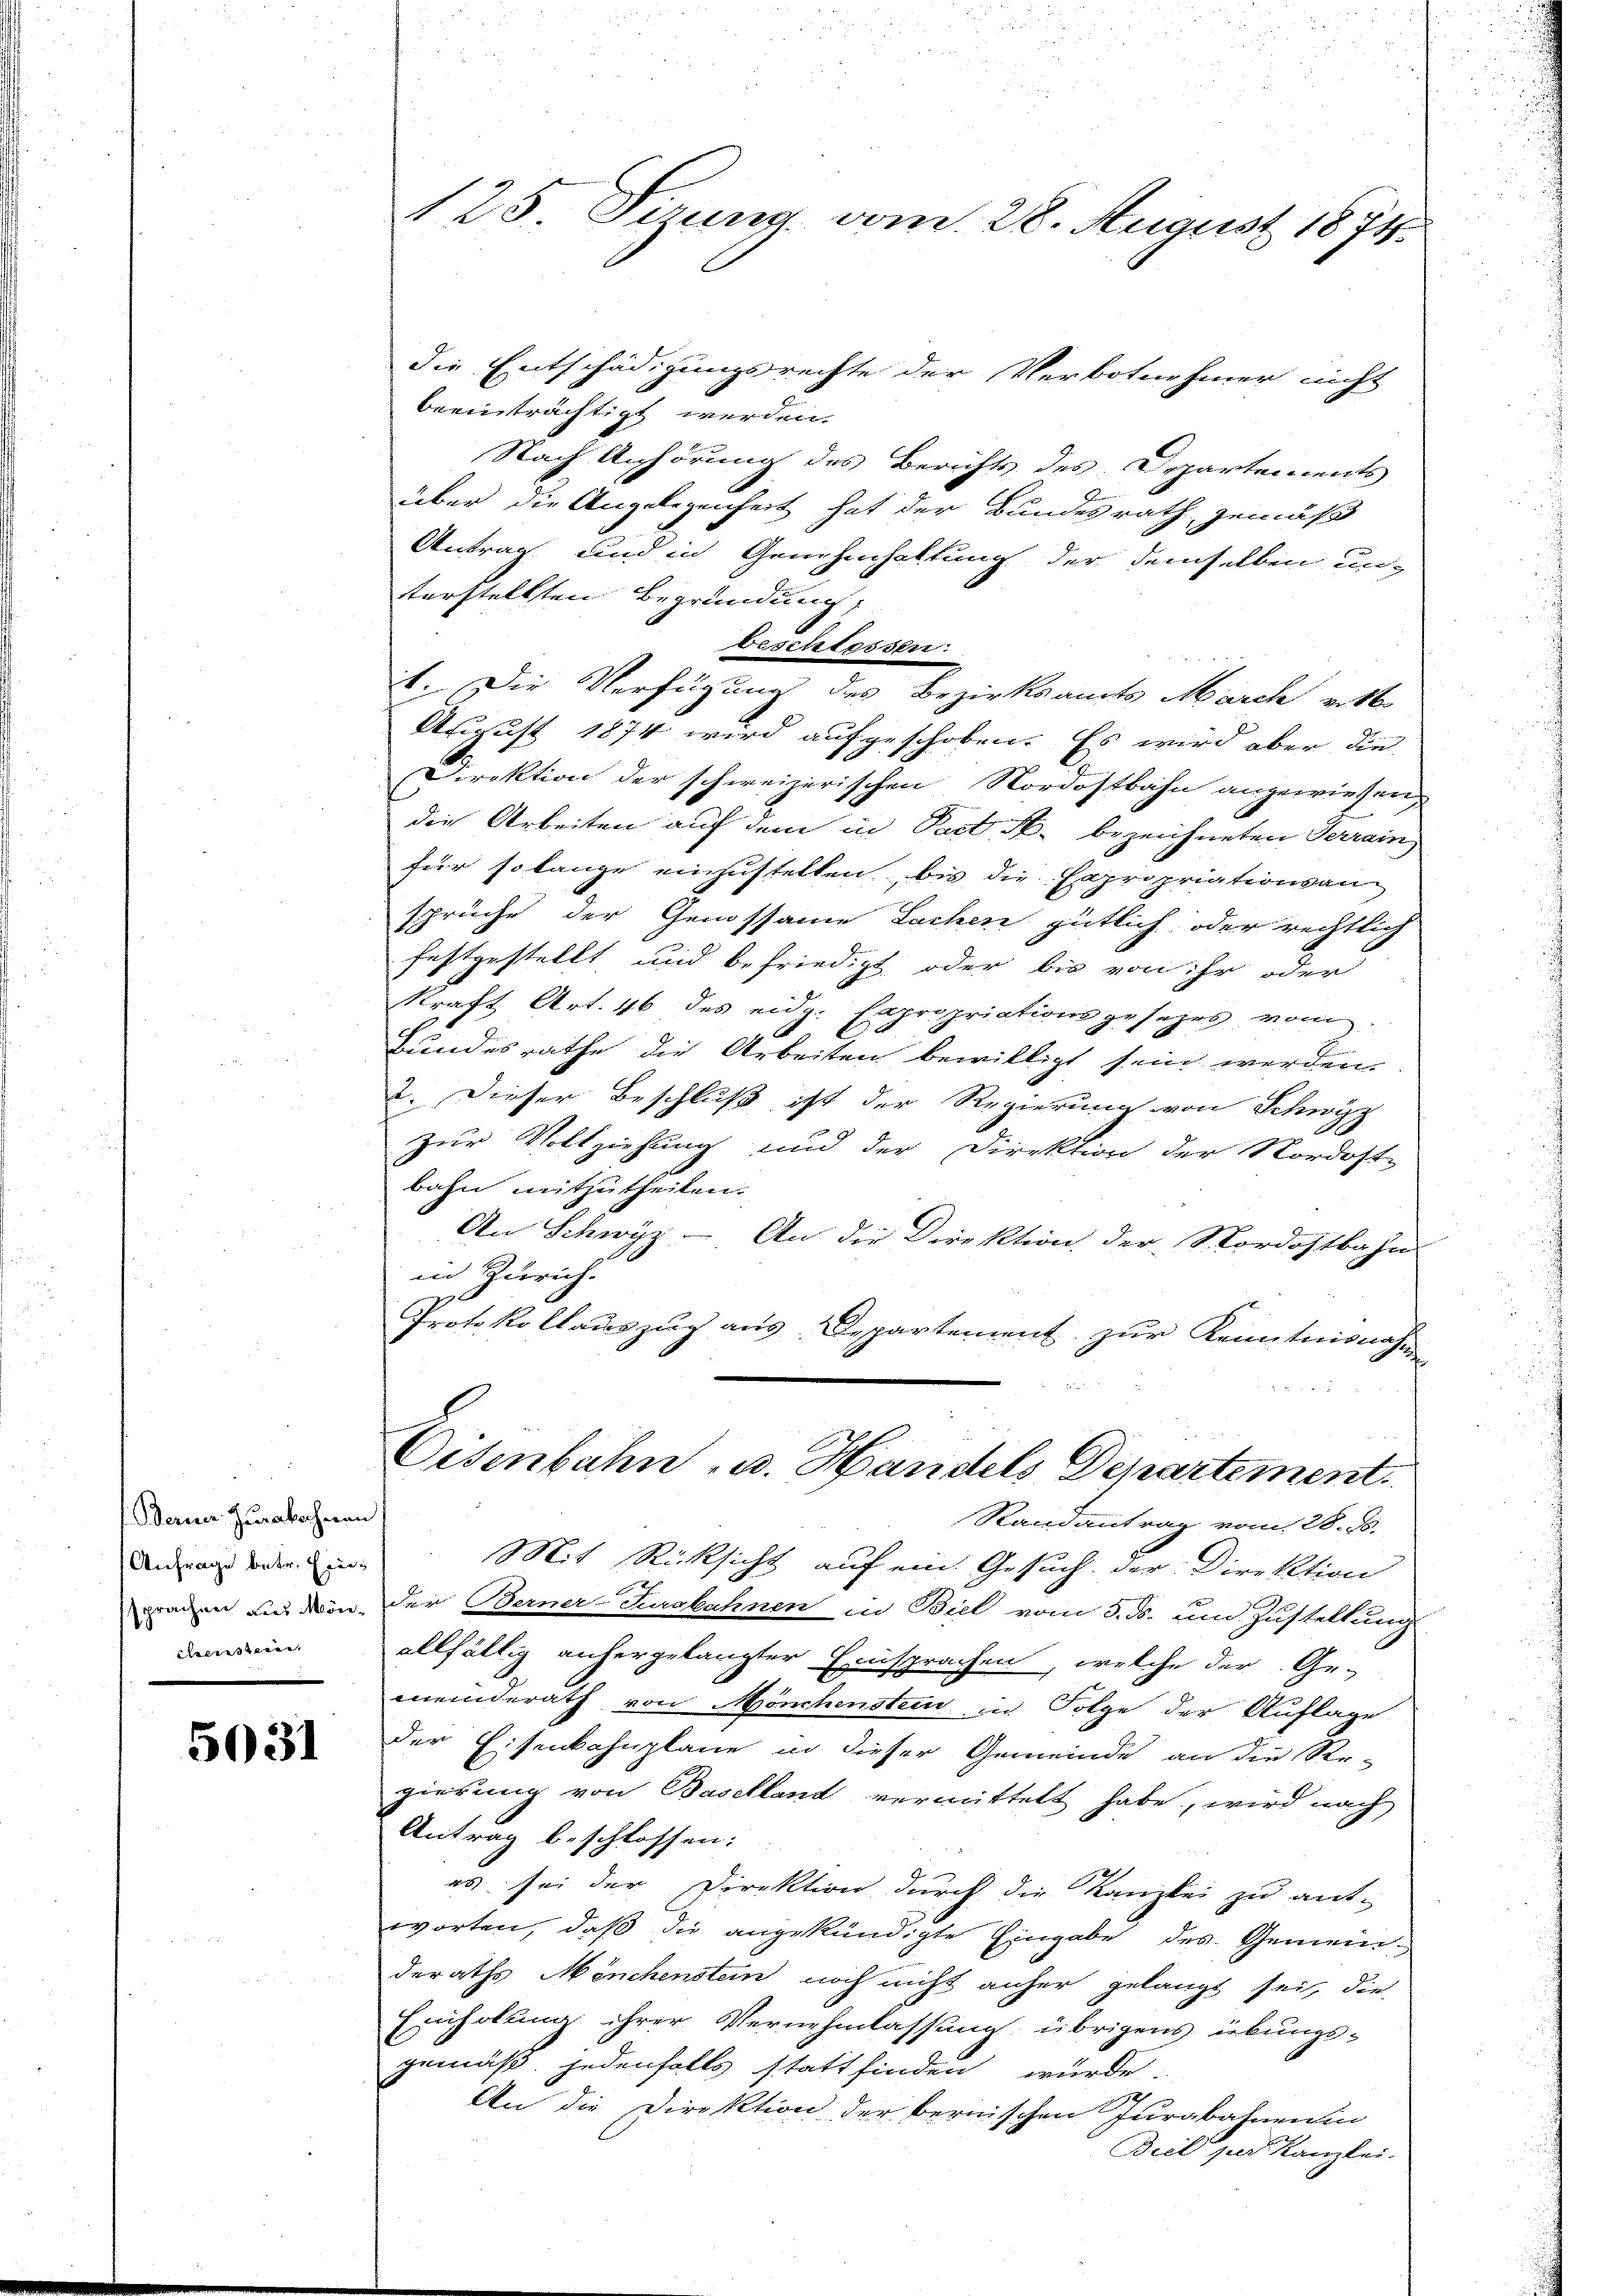
f. Berner Zurakocheren
Anfrage betr. Eineleeressenen

5031

125. Sizung vom 28. August 1871.

die Entschädigungsrechte der Verbotnehmer nicht
beeinträchtigt werden.
Nach Anhörung des Berichts des Departements
über die Angelegenheit hat der Bundesrath, gemäß
Antrag und in Genehmhaltung der demselben un-
tterstellten Begründung,
beschlessen.
1. Die Verfügung des Bezirksamts March erst
August 1874 wird aufgeschoben. Es wird aber die
Direktion der schweizerischen Nordostbahn angewiesen
die Arbeiten auf dem in Pact k. bezeichneten Terrain
für so lange einzustellen, bis die Expropriationsan
sprüche der Genossame Sachen gütlich oder rechtlich
festgestellt, und befriedigt, oder bis von ihr oder
kraft Art. 46 des eidg. Expropriationsgesezes vom
Bundesrathe die Arbeiten bewilligt sein werden.
2. Dieser Beschluß ist der Regierung von Schwyz
zur Vollziehung und der Direktion der Nordost-
bahn mitzutheilen.
An Schwyz - An die Direktion der Nordostbahn
in Zürich.
I
Protokollauszug aus. Departement zur Kenntnisnahm
Eisenbahn, u. Handels Departement.
Randantrag vom 28. d.
Mit Rücksicht auf ein Gesuch der Direktion
aden anden. Der Berner-Purgbahnen in Biel vom 5. ds. um Zustellung
allfältig anhergelangter Einsprachen, welche der Ge-
meinderath von Mönchenstein in Folge der Auflage
der Eisenbahnpläne in dieser Gemeinde an die Re-
gierung von Baselland vermittelt habe, wird nach
Antrag beschlossen:
es sei der Direktion durch die Kanzlei zu ant-
worten, daß die angekündigte Eingabe des Gemein-
deraths Mönchenstein noch nicht anher gelangt sei, die
Einholung ihrer Vernehmlassung übrigens übungs-
gemäß jedenfalls stattfinden würde.
An die Direktion der bernischen Jurabahnen in
Beil zur Kanzlei.